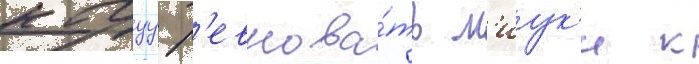
кагуу р'евнова́ть м'иук'и к